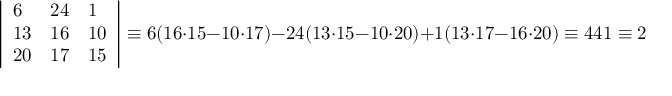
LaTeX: { \left| \begin{array} { l l l } { 6 } & { 2 4 } & { 1 } \\ { 1 3 } & { 1 6 } & { 1 0 } \\ { 2 0 } & { 1 7 } & { 1 5 } \end{array} \right| } \equiv 6 ( 1 6 \cdot 1 5 - 1 0 \cdot 1 7 ) - 2 4 ( 1 3 \cdot 1 5 - 1 0 \cdot 2 0 ) + 1 ( 1 3 \cdot 1 7 - 1 6 \cdot 2 0 ) \equiv 4 4 1 \equiv 2 5 { \pmod { 2 6 } }